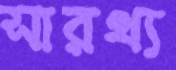
সারথ্য